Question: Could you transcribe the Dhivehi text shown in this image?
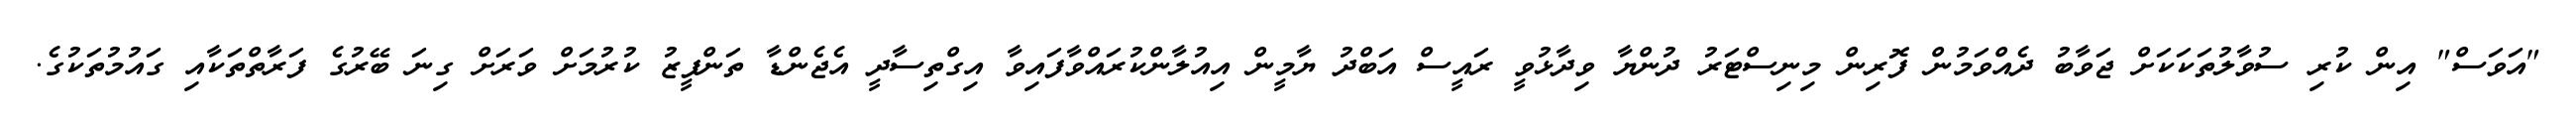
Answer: "އަވަސް" އިން ކުރި ސުވާލުތަކަކަށް ޖަވާބު ދެއްވަމުން ފޮރިން މިނިސްޓަރު ދުންޔާ ވިދާޅުވީ ރައީސް އަބްދު ޔާމީން އިއުލާންކުރައްވާފައިވާ އިގްތިސާދީ އެޖެންޑާ ތަންފީޒު ކުރުމަށް ވަރަށް ގިނަ ބޭރުގެ ފަރާތްތަކާއި ގައުމުތަކުގެ.